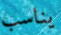
يناسب